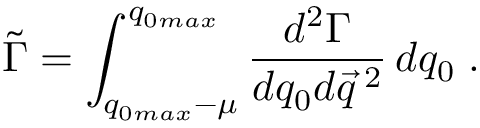
\tilde { \Gamma } = \int _ { q _ { 0 m a x } - \mu } ^ { q _ { 0 m a x } } \frac { d ^ { 2 } \Gamma } { d q _ { 0 } d \vec { q } \, ^ { 2 } } \, d q _ { 0 } \; .